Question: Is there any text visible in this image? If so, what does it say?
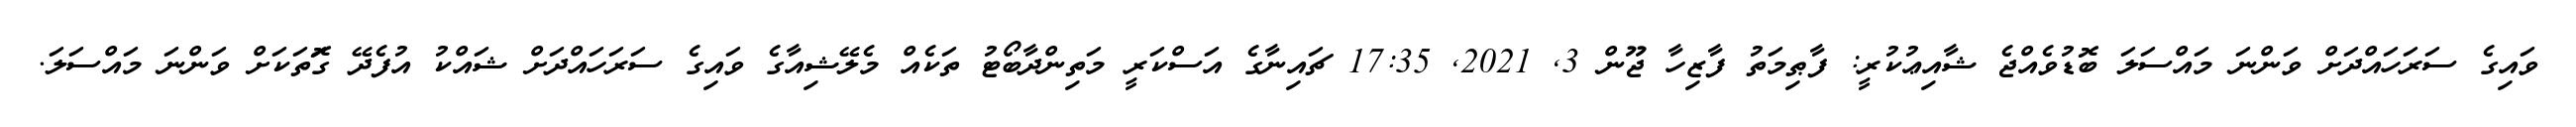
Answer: ވައިގެ ސަރަހައްދަށް ވަންނަ މައްސަލަ ބޮޑުވެއްޖެ ޝާއިޢުކުރީ: ފާޠިމަތު ފާޒިހާ ޖޫން 3, 2021, 17:35 ޗައިނާގެ އަސްކަރީ މަތިންދާބޯޓު ތަކެއް މެލޭޝިއާގެ ވައިގެ ސަރަހައްދަށް ޝައްކު އުފެދޭ ގޮަތަކަށް ވަންނަ މައްސަލަ.